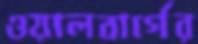
ওয়ালবার্গের